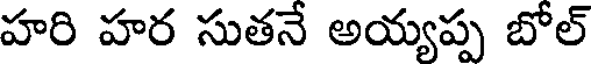
హరి హర సుతనే అయ్యప్ప బోల్